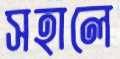
সহালে